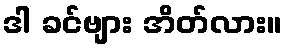
ဒါ ခင်ဗျား အိတ်လား။